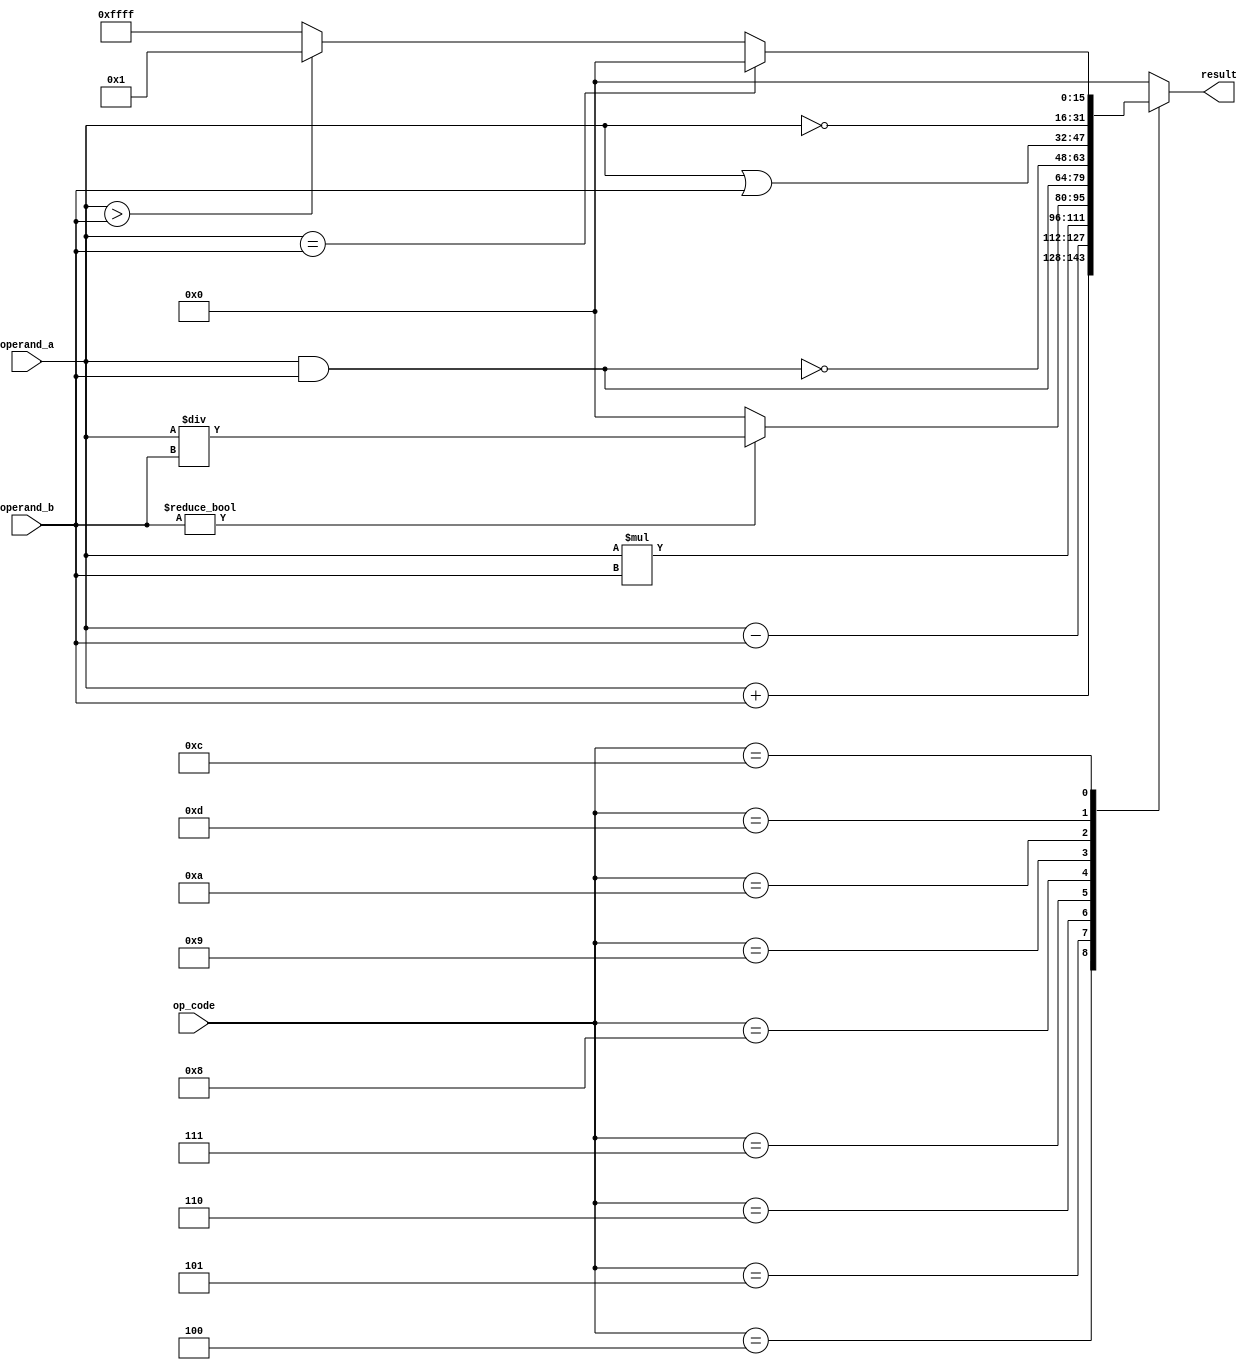
module alu #(
    parameter integer WIDTH_DATA = 16
    )(
    input wire [WIDTH_DATA-1 : 0] operand_a,
    input wire [WIDTH_DATA-1 : 0] operand_b,
  	input wire [4 : 0] op_code,
    output reg [WIDTH_DATA-1 : 0] result

);

    // Paramenters ALU
    localparam ADD = 4;
    localparam SUB = 5;
    localparam MUL = 6;
    localparam DIV = 7;
    localparam AND = 8;
    localparam NAND = 9;
    localparam OR = 10;
    localparam XOR = 11;
    localparam CMP = 12;
    localparam NOT = 13;

    always @* begin
		result = 0;
        case (op_code)
            ADD: begin
                result = operand_a + operand_b;
            end
            SUB: begin
                result = operand_a - operand_b;
            end
            MUL: begin
                result = operand_a * operand_b;
            end
            DIV: begin
                if (operand_b != 0) begin
                    result = operand_a / operand_b;
                end else begin
                    result = 0;
                end
            end
            AND: begin
                result = operand_a & operand_b;
            end
            NAND: begin
                result = ~(operand_a & operand_b);
            end
            OR: begin
                result = operand_a | operand_b;
            end
            NOT: begin
                result = ~operand_a;
            end
            CMP: begin
                if (operand_a == operand_b) begin
                    result = 0;
                end else if (operand_a > operand_b) begin
                    result = 1;
                end else begin
                    result = -1;
                end
            end
            default: begin
                result = 0;
            end
        endcase
    end
endmodule